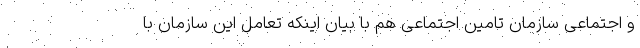
و اجتماعی سازمان تامین اجتماعی هم با بیان اینکه تعامل این سازمان با